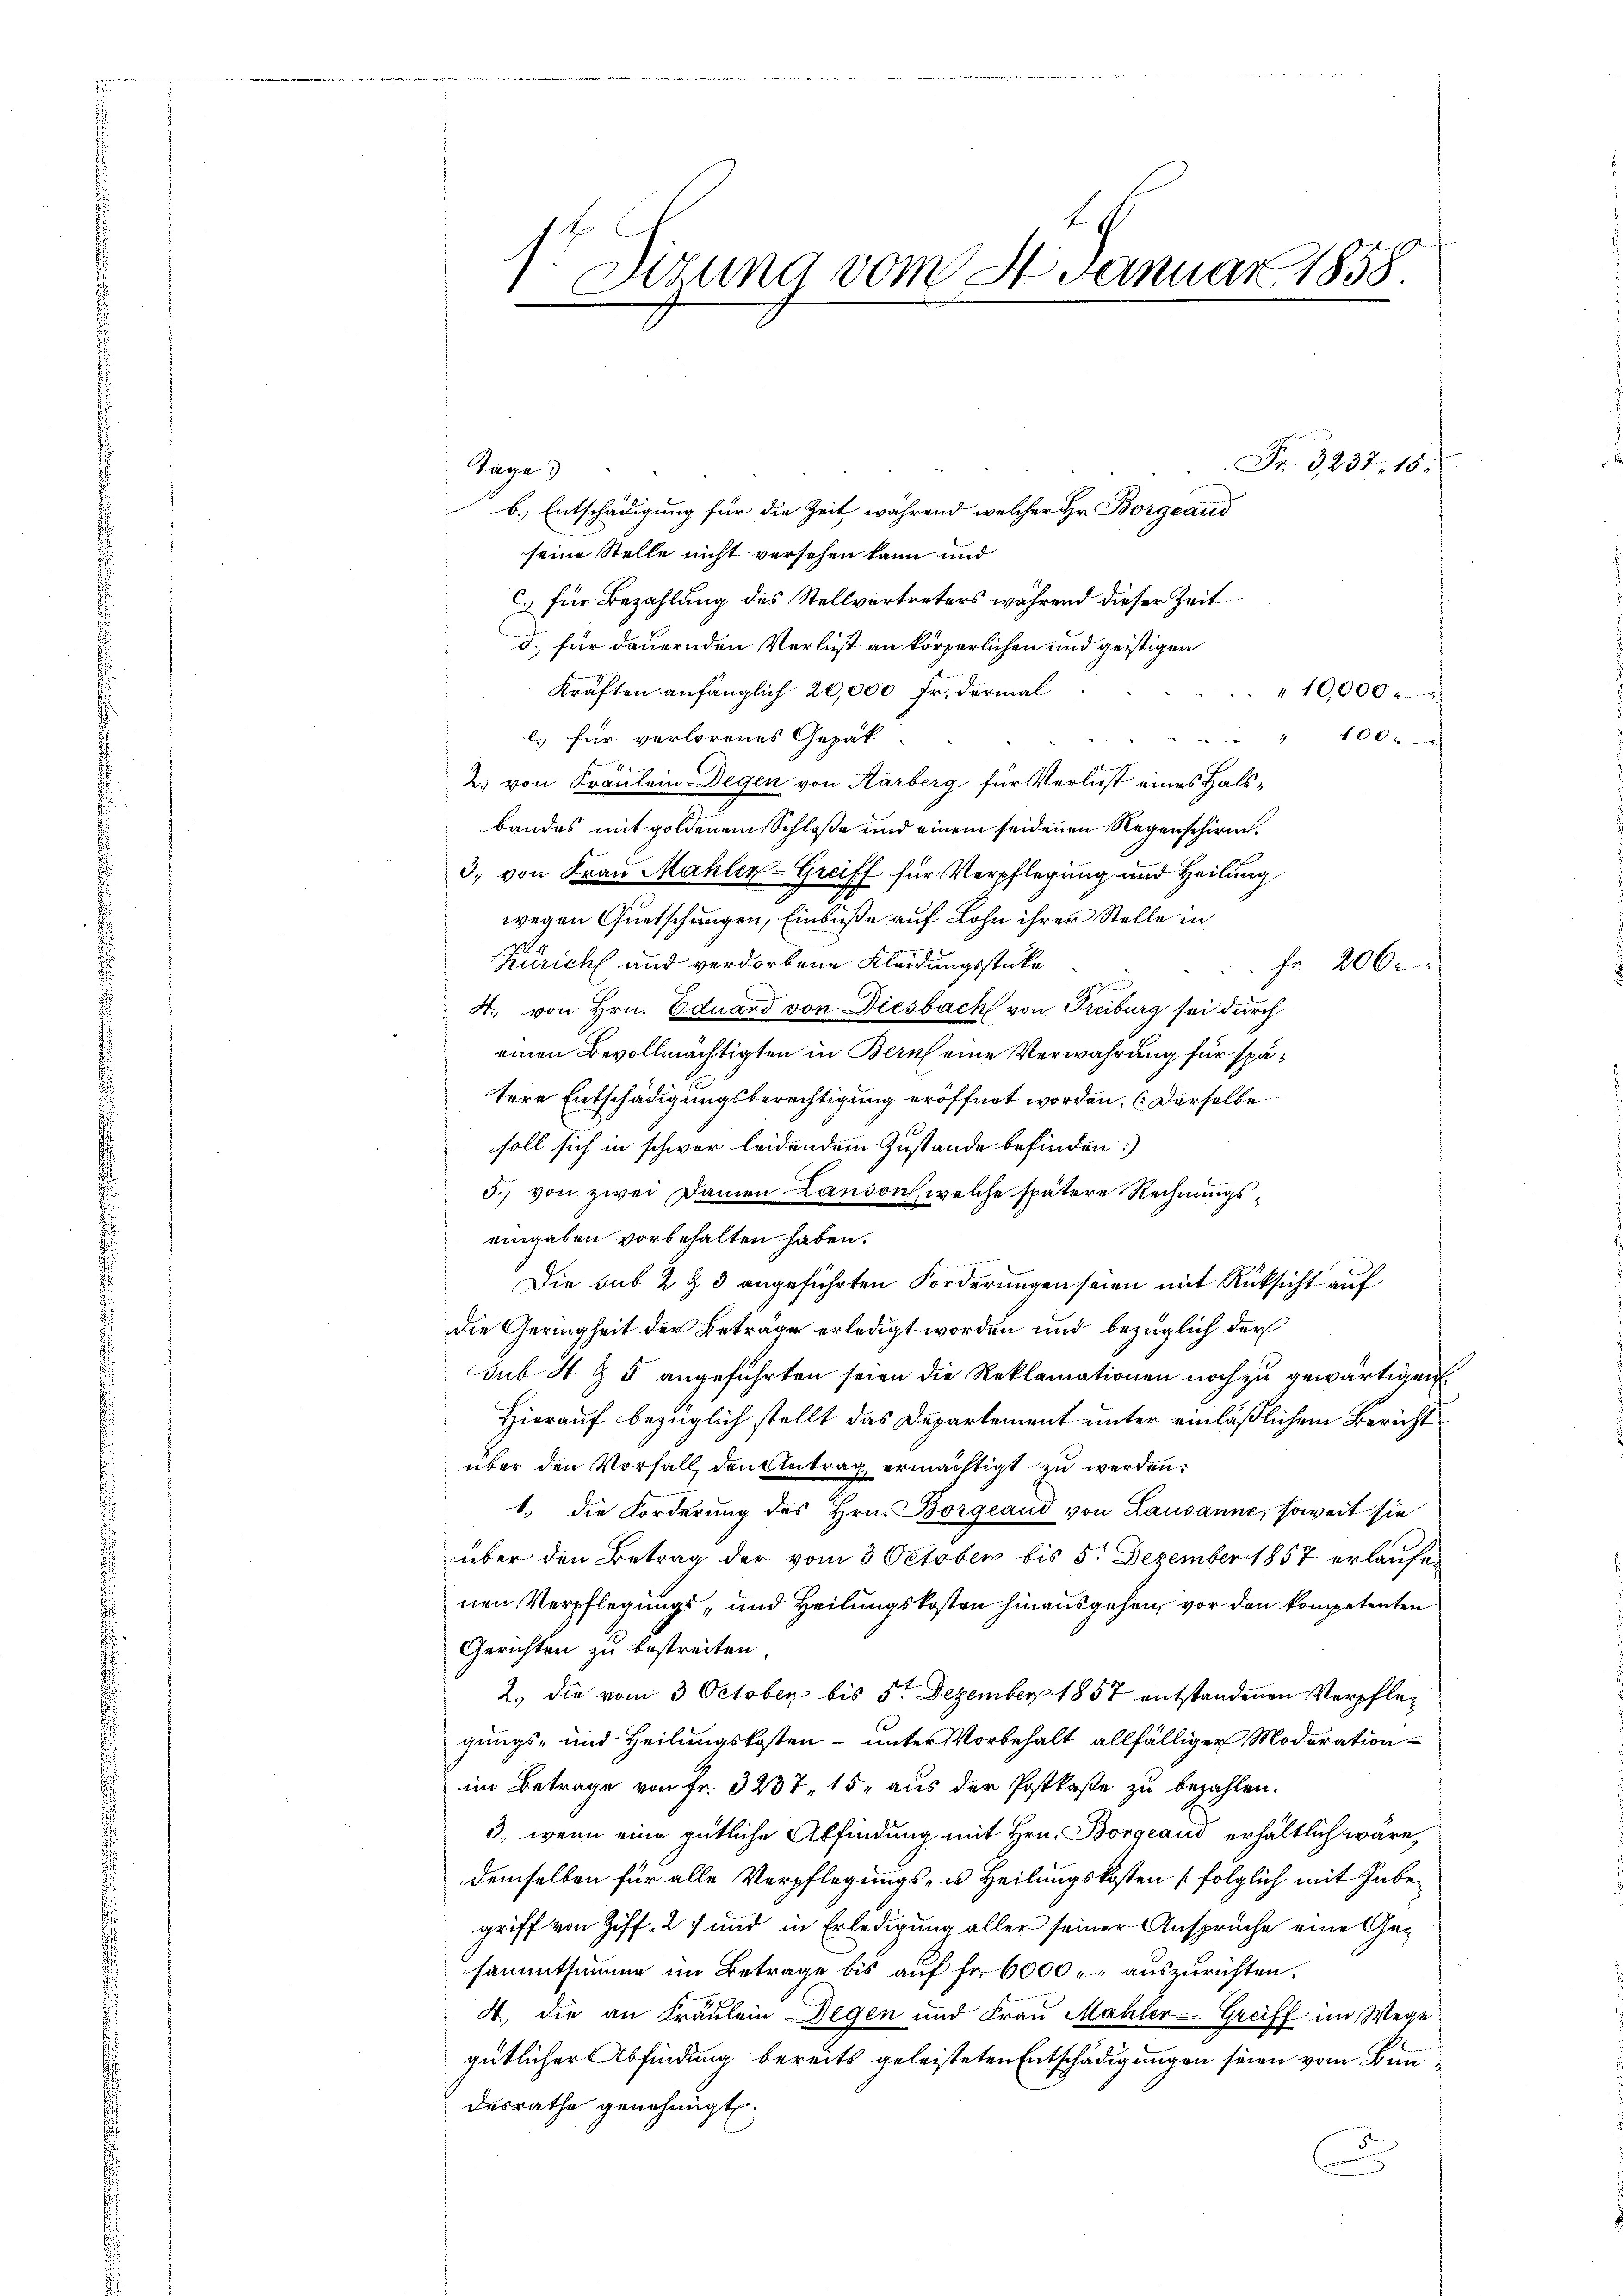
). Dirung vom 4. Januar 1858.

Fr. 3237, 15.
Tage
b. Entschädigung für die Zeit während welcher Hr. Borgeaud
seine Stelle nicht versehen kann und
c.) für Bezahlung des Stellvertreters während dieser Zeit
d. für dauernden Verlust an körperlichen und geistigen
Kräften anfänglich 20,000 Fr. dermal
19,000
10xx
l. für verlorenes Gepät-
2) von Fräulein Degen von Karberg für Verlust eines Halsbandes mit goldenem Schloße und einem seidenen Regenschirm,
3. von Frau Mahler-Greiff für Verpflegung und Heilung
wegen Quetschungen, Einbuße auf Lohn ihrer Stelle in
Züricht und verdorbene Kleidungsstücke
 Fr. 206.
4., von Hrn. Eduard von Diesbach von Freiburg sei durch
einen Bevollmächtigten in Bern eine Verwahrung für spätere Entschädigungsberechtigung eröffnet worden. (Derselbe
soll sich in schwer leidendem Zustande befinden:
5.) von zwei Damen Landon, welche spätere Rechnungseingaben vorbehalten haben.
Die sub 2 & 3 angeführten Forderungen seien mit Rücksicht auf
die Geringheit der Beträge erledigt worden und bezüglich der
sub 4 & 5 angeführten seien die Reklamationen noch zu gewärtigen.
Hierauf bezüglich stellt das Departement unter einläßlichem Bericht
über den Vorfall, den Antrag ermächtigt zu werden.
1. die Forderung des Hrn. Borgeaud von Lausanne, soweit sie
über den Betrag der vom 3 October bis 5. Dezember 1857 erlaufen
nen Verpflegungs- und Heilungskosten hinausgehen, vor den kompetenten
Gerichten zu bestreiten
2.) die vom 3 October bis 5t Dezember 1857 entstandenen Verpflegungs- und Heilungskosten – unter Vorbehalt allfälliger Moderation
im Betrage von Fr. 3237, 15 aus der Postkaste zu bezahlen.
3., wenn eine gütliche Abfindung mit Hrn. Borgeaud erhältlich wäre,
demselben für alle Verpflegungs- u Heilungskosten (folglich mit Inbegriff von Ziff. 27 und in Erledigung aller seiner Ansprüche eine Gesammtsumme im Betrage bis auf fr. 6000. auszurichten.
A., die an Fräulein Degen und Frau Mahler-Greiff im Wege
gütlicher Abfindung bereits geleisteten Entschädigungen seien vom Ban
desrathe genehmigt.
n